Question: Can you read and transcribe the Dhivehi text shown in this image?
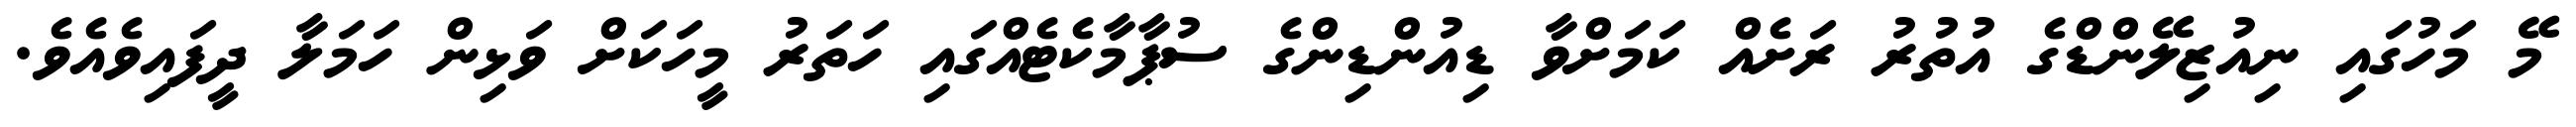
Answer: މޭ މަހުގައި ނިއުޒިލޭންޑްގެ އުތުރު ރަށެއް ކަމަށްވާ ޑިއުންޑިންގެ ސުޕާމާކެޓެއްގައި ހަތަރު މީހަކަށް ވަޅިން ހަމަލާ ދީފައިވެއެވެ.